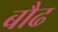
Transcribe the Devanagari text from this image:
बौढ